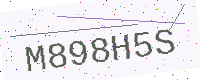
Text: M898H5S